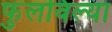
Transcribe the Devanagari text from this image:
फुलविल्या